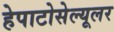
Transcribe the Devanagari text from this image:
हेपाटोसेल्यूलर